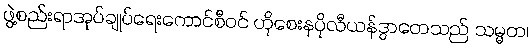
ဖွဲ့စည်းရာအုပ်ချုပ်ရေးကောင်စီဝင် ဟိုစေးနပိုလီယန်ဒွာတေသည် သမ္မတ၊